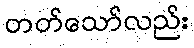
တတ်သော်လည်း